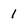
Character: 1